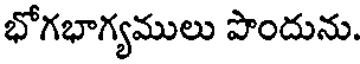
భోగభాగ్యములు పొందును.